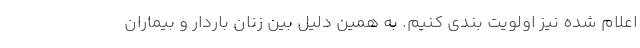
اعلام شده نیز اولویت بندی کنیم. به همین دلیل بین زنان باردار و بیماران